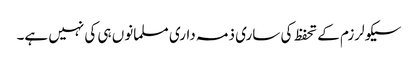
سیکولرزم کے تحفظ کی ساری ذمہ داری مسلمانوں ہی کی نہیں ہے۔